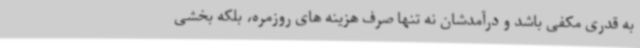
به قدری مکفی باشد و درآمدشان نه تنها صرف هزینه های روزمره، بلکه بخشی